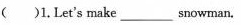
1.Let's make_________snowman.